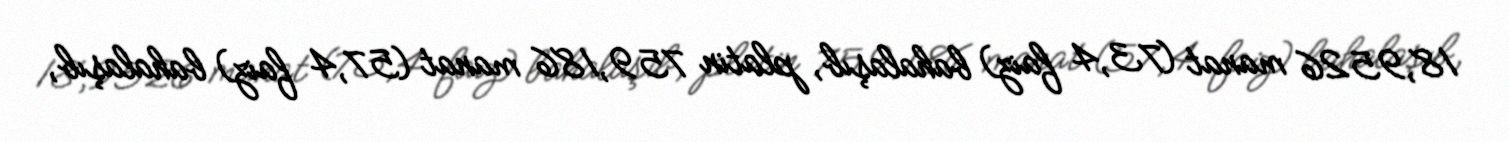
18,9526 manat (73,4 faiz) bahalaşıb, platin 759,186 manat (57,4 faiz) bahalaşıb,